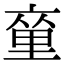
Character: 𨤫